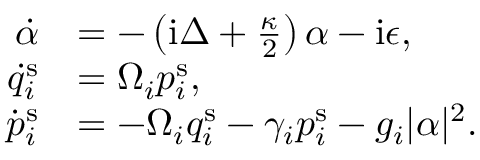
\begin{array} { r l } { \dot { \alpha } } & { = - \left( \mathrm { i } \Delta + \frac { \kappa } { 2 } \right) \alpha - \mathrm { i } \epsilon , } \\ { \dot { q } _ { i } ^ { \mathrm { s } } } & { = \Omega _ { i } p _ { i } ^ { \mathrm { s } } , } \\ { \dot { p } _ { i } ^ { \mathrm { s } } } & { = - \Omega _ { i } q _ { i } ^ { \mathrm { s } } - \gamma _ { i } p _ { i } ^ { \mathrm { s } } - g _ { i } | \alpha | ^ { 2 } . } \end{array}